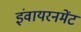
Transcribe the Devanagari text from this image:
इंवायरनमेंट